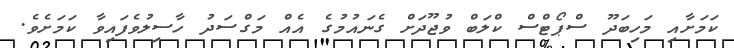
ކަމަށާއި މަހިބަދޫ ސްޕޯޓްސް ކްލަބް ވުޖޫދަށް ގެނައުމުގެ އެއް މަގްސަދު ހާސިލުވެފައިވާ ކަމަށެވެ.